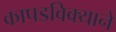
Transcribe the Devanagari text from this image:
कापडविक्याने